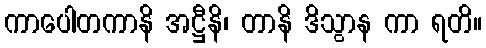
ကာပေါတကာနိ အဋ္ဌီနိ၊ တာနိ ဒိသွာန ကာ ရတိ။